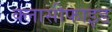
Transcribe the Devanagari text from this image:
क्लासीफाइड